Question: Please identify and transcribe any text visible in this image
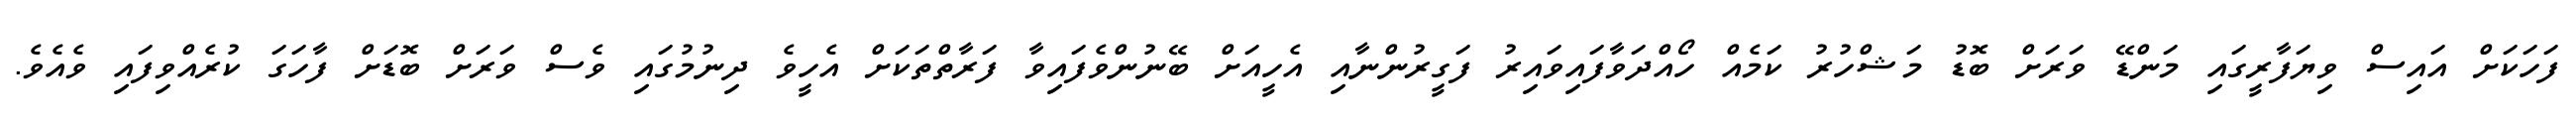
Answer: ފަހަކަށް އައިސް ވިޔަފާރީގައި މަންޑޭ ވަރަށް ބޮޑު މަޝްހުރު ކަމެއް ހޯއްދަވާފައިވައިރު ފަގީރުންނާއި އެހީއަށް ބޭނުންވެފައިވާ ފަރާތްތަކަށް އެހީވެ ދިނުމުގައި ވެސް ވަރަށް ބޮޑަށް ފާހަގަ ކުރެއްވިފައި ވެއެވެ.